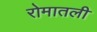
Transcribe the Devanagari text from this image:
रोमातली